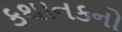
કથાનકનો